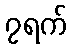
၇ရက်